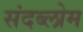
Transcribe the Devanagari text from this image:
संदब्लोम